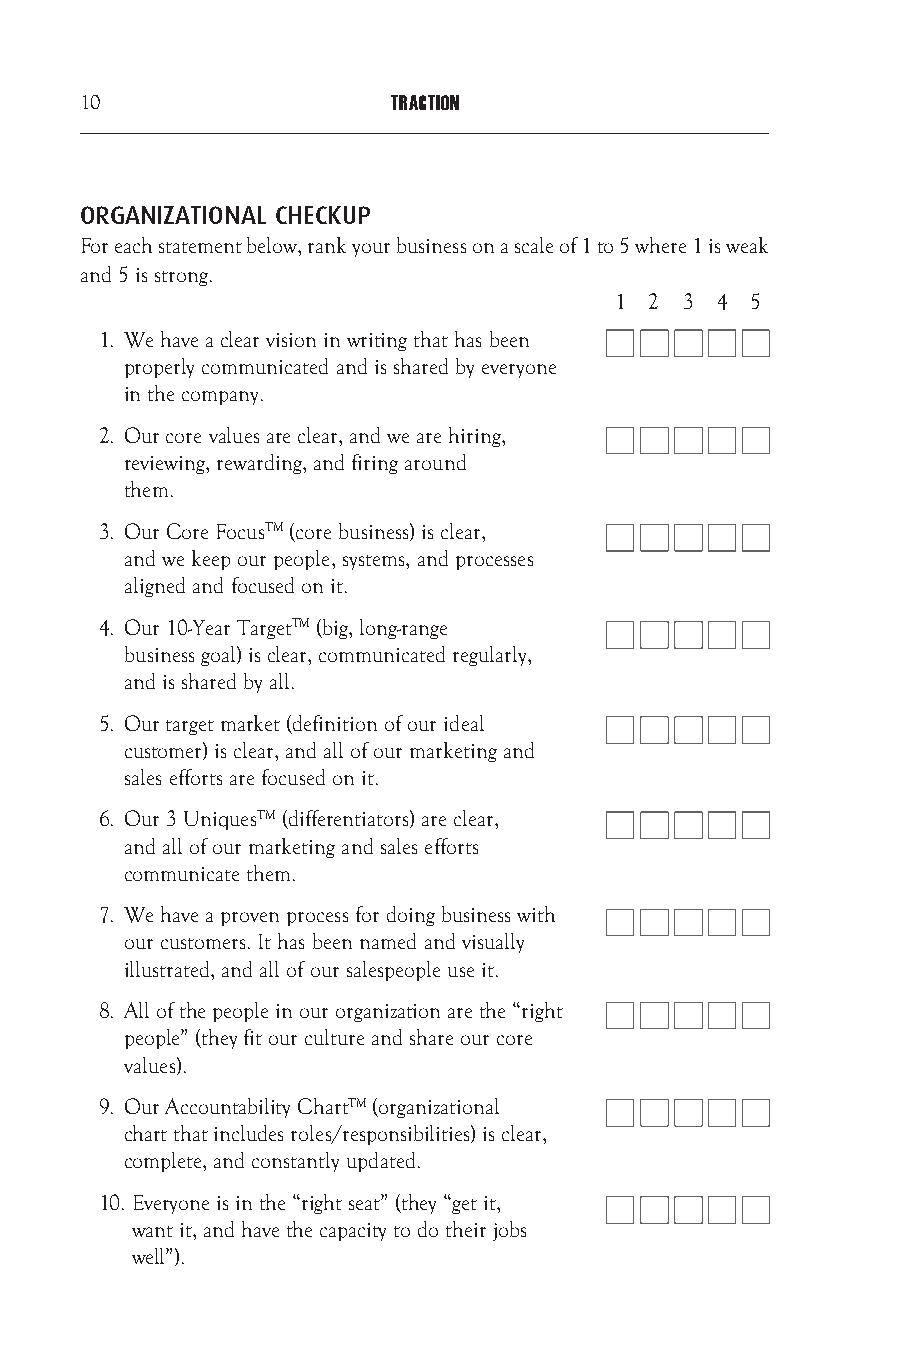
10                   TRACTION
 ORGANIZATIONAL CHECKUP
 For each statement below, rank your business on a scale of 1 to 5 where 1 is weak
 and 5 is strong.
 1  2 3 4 5
 1. W e have a clear vision in writing that has been
 properly communicated and is shared by everyone
 in the company.
 2. O ur core values are clear, and we are hiring,
 reviewing, rewarding, and firing around
 them.
 3. O ur Core FocusTM (core business) is clear,
 and we keep our people, systems, and processes
 aligned and focused on it.
 4. O ur 10-Year TargetTM (big, long-range
 business goal) is clear, communicated regularly,
 and is shared by all.
 5. O ur target market (definition of our ideal
 customer) is clear, and all of our marketing and
 sales efforts are focused on it.
 6. O ur 3 UniquesTM (differentiators) are clear,
 and all of our marketing and sales efforts
 communicate them.
 7. W e have a proven process for doing business with
 our customers. It has been named and visually
 illustrated, and all of our salespeople use it.
 8. A ll of the people in our organization are the “right
 people” (they fit our culture and share our core
 values).
 9. O ur Accountability ChartTM (organizational
 chart that includes roles/responsibilities) is clear,
 complete, and constantly updated.
 10. E veryone is in the “right seat” (they “get it,
 want it, and have the capacity to do their jobs
 well”).
 Traction_Interior_JUNE2017.indd 10               6/26/2017 11:29:42 AM